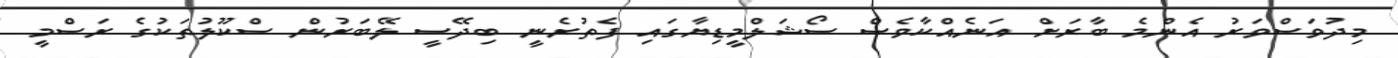
މިދުވަސްވަރު އެންމެ ބާރަށް އަނެއްކާވެސް ސޯޝަލްމީޑިޔާގައި ފެތުރެނީ ބިދޭސީ ލޭބަރުން ސްކޫލުތަކުގެ ރަސްމީ